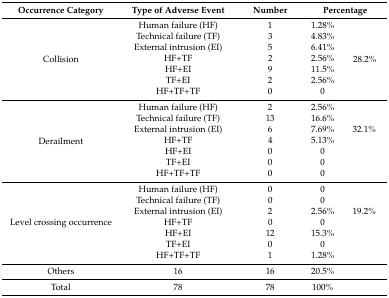
<table><thead><tr><td><b>Occurrence Category</b></td><td><b>Type of Adverse Event</b></td><td><b>Number</b></td><td colspan="2"><b>Percentage</b></td></tr></thead><tbody><tr><td rowspan="7">Collision</td><td>Human failure (HF)</td><td>1</td><td>1.28%</td><td rowspan="7">28.2%</td></tr><tr><td>Technical failure (TF)</td><td>3</td><td>4.83%</td></tr><tr><td>External intrusion (EI)</td><td>5</td><td>6.41%</td></tr><tr><td>HF+TF</td><td>2</td><td>2.56%</td></tr><tr><td>HF+EI</td><td>9</td><td>11.5%</td></tr><tr><td>TF+EI</td><td>2</td><td>2.56%</td></tr><tr><td>HF+TF+TF</td><td>0</td><td>0</td></tr><tr><td rowspan="7">Derailment</td><td>Human failure (HF)</td><td>2</td><td>2.56%</td><td></td></tr><tr><td>Technical failure (TF)</td><td>13</td><td>16.6%</td><td></td></tr><tr><td>External intrusion (EI)</td><td>6</td><td>7.69%</td><td>32.1%</td></tr><tr><td>HF+TF</td><td>4</td><td>5.13%</td><td></td></tr><tr><td>HF+EI</td><td>0</td><td>0</td><td></td></tr><tr><td>TF+EI</td><td>0</td><td>0</td><td></td></tr><tr><td>HF+TF+TF</td><td>0</td><td>0</td><td></td></tr><tr><td rowspan="7">Level crossing occurrence</td><td>Human failure (HF)</td><td>0</td><td>0</td><td></td></tr><tr><td>Technical failure (TF)</td><td>0</td><td>0</td><td></td></tr><tr><td>External intrusion (EI)</td><td>2</td><td>2.56%</td><td>19.2%</td></tr><tr><td>HF+TF</td><td>0</td><td>0</td><td></td></tr><tr><td>HF+EI</td><td>12</td><td>15.3%</td><td></td></tr><tr><td>TF+EI</td><td>0</td><td>0</td><td></td></tr><tr><td>HF+TF+TF</td><td>1</td><td>1.28%</td><td></td></tr><tr><td>Others</td><td>16</td><td>16</td><td>20.5%</td><td></td></tr><tr><td>Total</td><td>78</td><td>78</td><td>100%</td><td></td></tr></tbody></table>